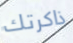
ذاكرتك